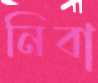
নিবা